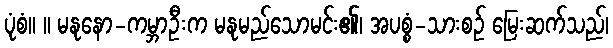
ပုံစံ။ ။ မနုနော-ကမ္ဘာဦးက မနုမည်သောမင်း၏၊ အပစ္စံ-သားစဉ် မြေးဆက်သည်၊